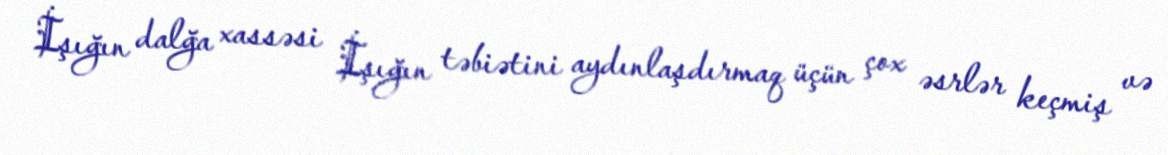
İşığın dalğa xassəsi İşığın təbiətini aydınlaşdırmaq üçün çox əsrlər keçmiş və